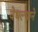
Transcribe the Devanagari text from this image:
वेधल्याने